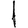
Digit: 1